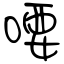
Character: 喓